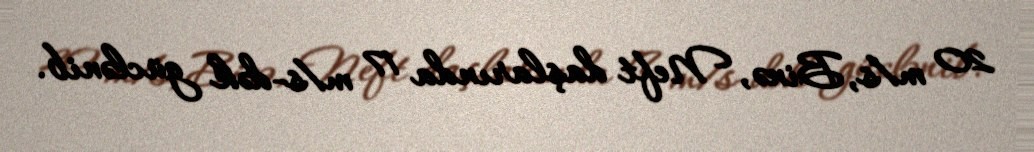
20 m/s, Binə, Neft daşlarında 17 m/s-dək güclənib.